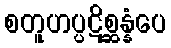
စတူဟပ္ပဋိစ္ဆန္နံပေ